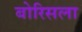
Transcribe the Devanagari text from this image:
बोरिसला